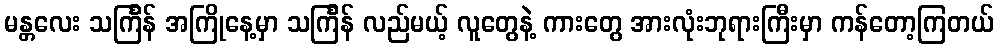
မန္တလေး သင်္ကြန် အကြိုနေ့မှာ သင်္ကြန် လည်မယ့် လူတွေနဲ့ ကားတွေ အားလုံးဘုရားကြီးမှာ ကန်တော့ကြတယ်